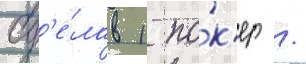
сд'е́лав 1 по́к'ер /